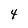
Character: 4